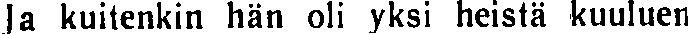
a kuitenkin hän oli yksi heistä kuuluen